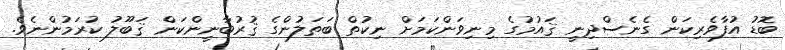
ބޮޑު އުފާވެރިކަން ގެނެސްދިނީ ޤައުމުގެ މިނިވަންކަމަށް ނިކުތް ބަތަލުންގެ ޤުރުބާނީންކަން ޤަބޫލު ކުރަމުންނެވެ.